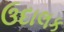
ઉદાલક